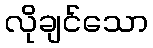
လိုချင်သော